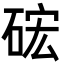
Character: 硡